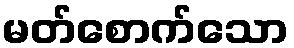
မတ်စောက်သော